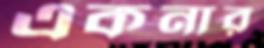
একনার